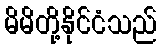
မိမိတို့နိုင်ငံသည်